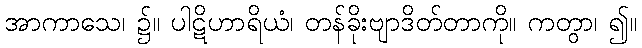
အာကာသေ၊ ၌။ ပါဋိဟာရိယံ၊ တန်ခိုးဗျာဒိတ်တာကို။ ကတွာ၊ ၍။